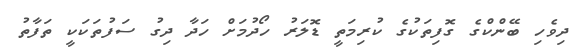
ދިވެހި ބޭންކްގެ ގޮފިތަކުގެ ކުރިމަތީ ޑޮލަރު ހޯދުމަށް ހަދާ ދިގު ސަފުތަކަކީ ތަފާތު